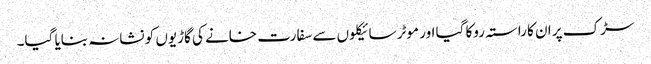
سڑک پر ان کا راستہ روکا گیا اور موٹر سائیکلوں سے سفارت خانے کی گاڑیوں کو نشانہ بنایا گیا۔